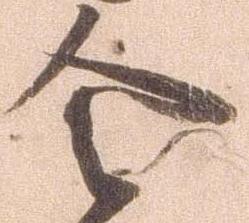
令